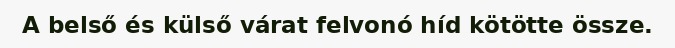
A belső és külső várat felvonó híd kötötte össze.